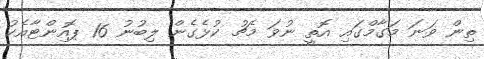
ތިން ވަނަ މަގާމްގައި އޮތީ ނުވަ މެޗު ކުޅެގެން ލިބުނު 16 ޕޮއިންޓާއެކު